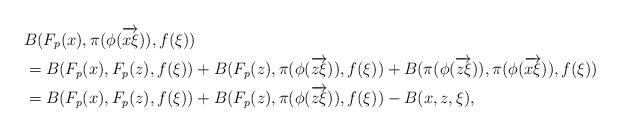
LaTeX: \begin{align*}& B(F_p(x), \pi(\phi(\overrightarrow{x\xi})), f(\xi)) \\& = B(F_p(x), F_p(z), f(\xi)) + B(F_p(z), \pi(\phi(\overrightarrow{z\xi})), f(\xi)) +B(\pi(\phi(\overrightarrow{z\xi})), \pi(\phi(\overrightarrow{x\xi})), f(\xi)) \\& = B(F_p(x), F_p(z), f(\xi)) + B(F_p(z), \pi(\phi(\overrightarrow{z\xi})), f(\xi)) -B(x, z, \xi), \\\end{align*}